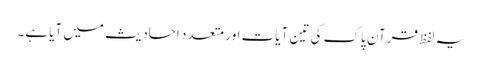
یہ لفظ قرآن پاک کی تین آیات اور متعدد احادیث میں آیا ہے۔